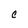
Character: C